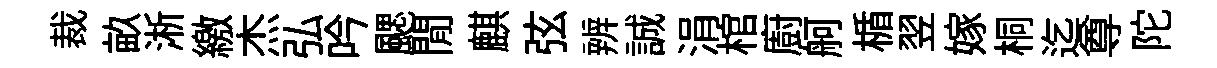
裁畝淅繳杰弘吟颸閒麒弦辨誠涓棺廚舸楯翌嫁桐迄尊陀